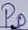
Text: P0